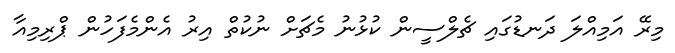
މިރޭ އަމިއްލަ ދަނޑުގައި ޗެލްސީން ކުޅުނު މެޗަށް ނުކުތް އިރު އެންމެފަހުން ޕްރިމިއާ